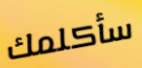
سأكلمك